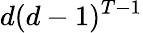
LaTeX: d(d-1)^{T-1}